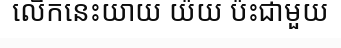
លើកនេះយាយ យ៉យ ប៉ះជាមួយ